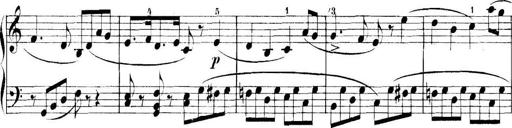
Title: 11 Sonatinas
Composer: Anton Diabelli